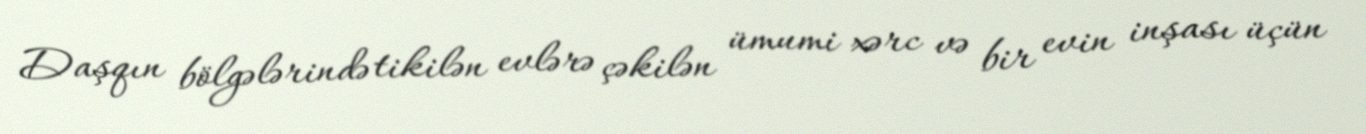
Daşqın bölgələrində tikilən evlərə çəkilən ümumi xərc və bir evin inşası üçün